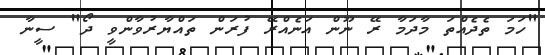
"ހަމަ ތެދެއްތަ މާދަމާ ރޭ ނޫން އަނެއްރޭ ފުރަން ތައްޔާރުވާންވީ ދޯ" ސީނާ